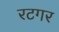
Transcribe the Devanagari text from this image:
रटगर